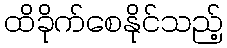
ထိခိုက်စေနိုင်သည့်